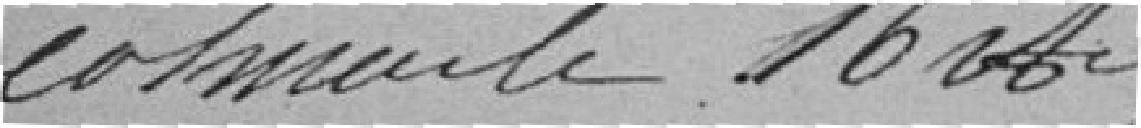
Colmar le 16 avril